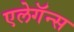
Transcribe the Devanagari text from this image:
एलेगॅन्स